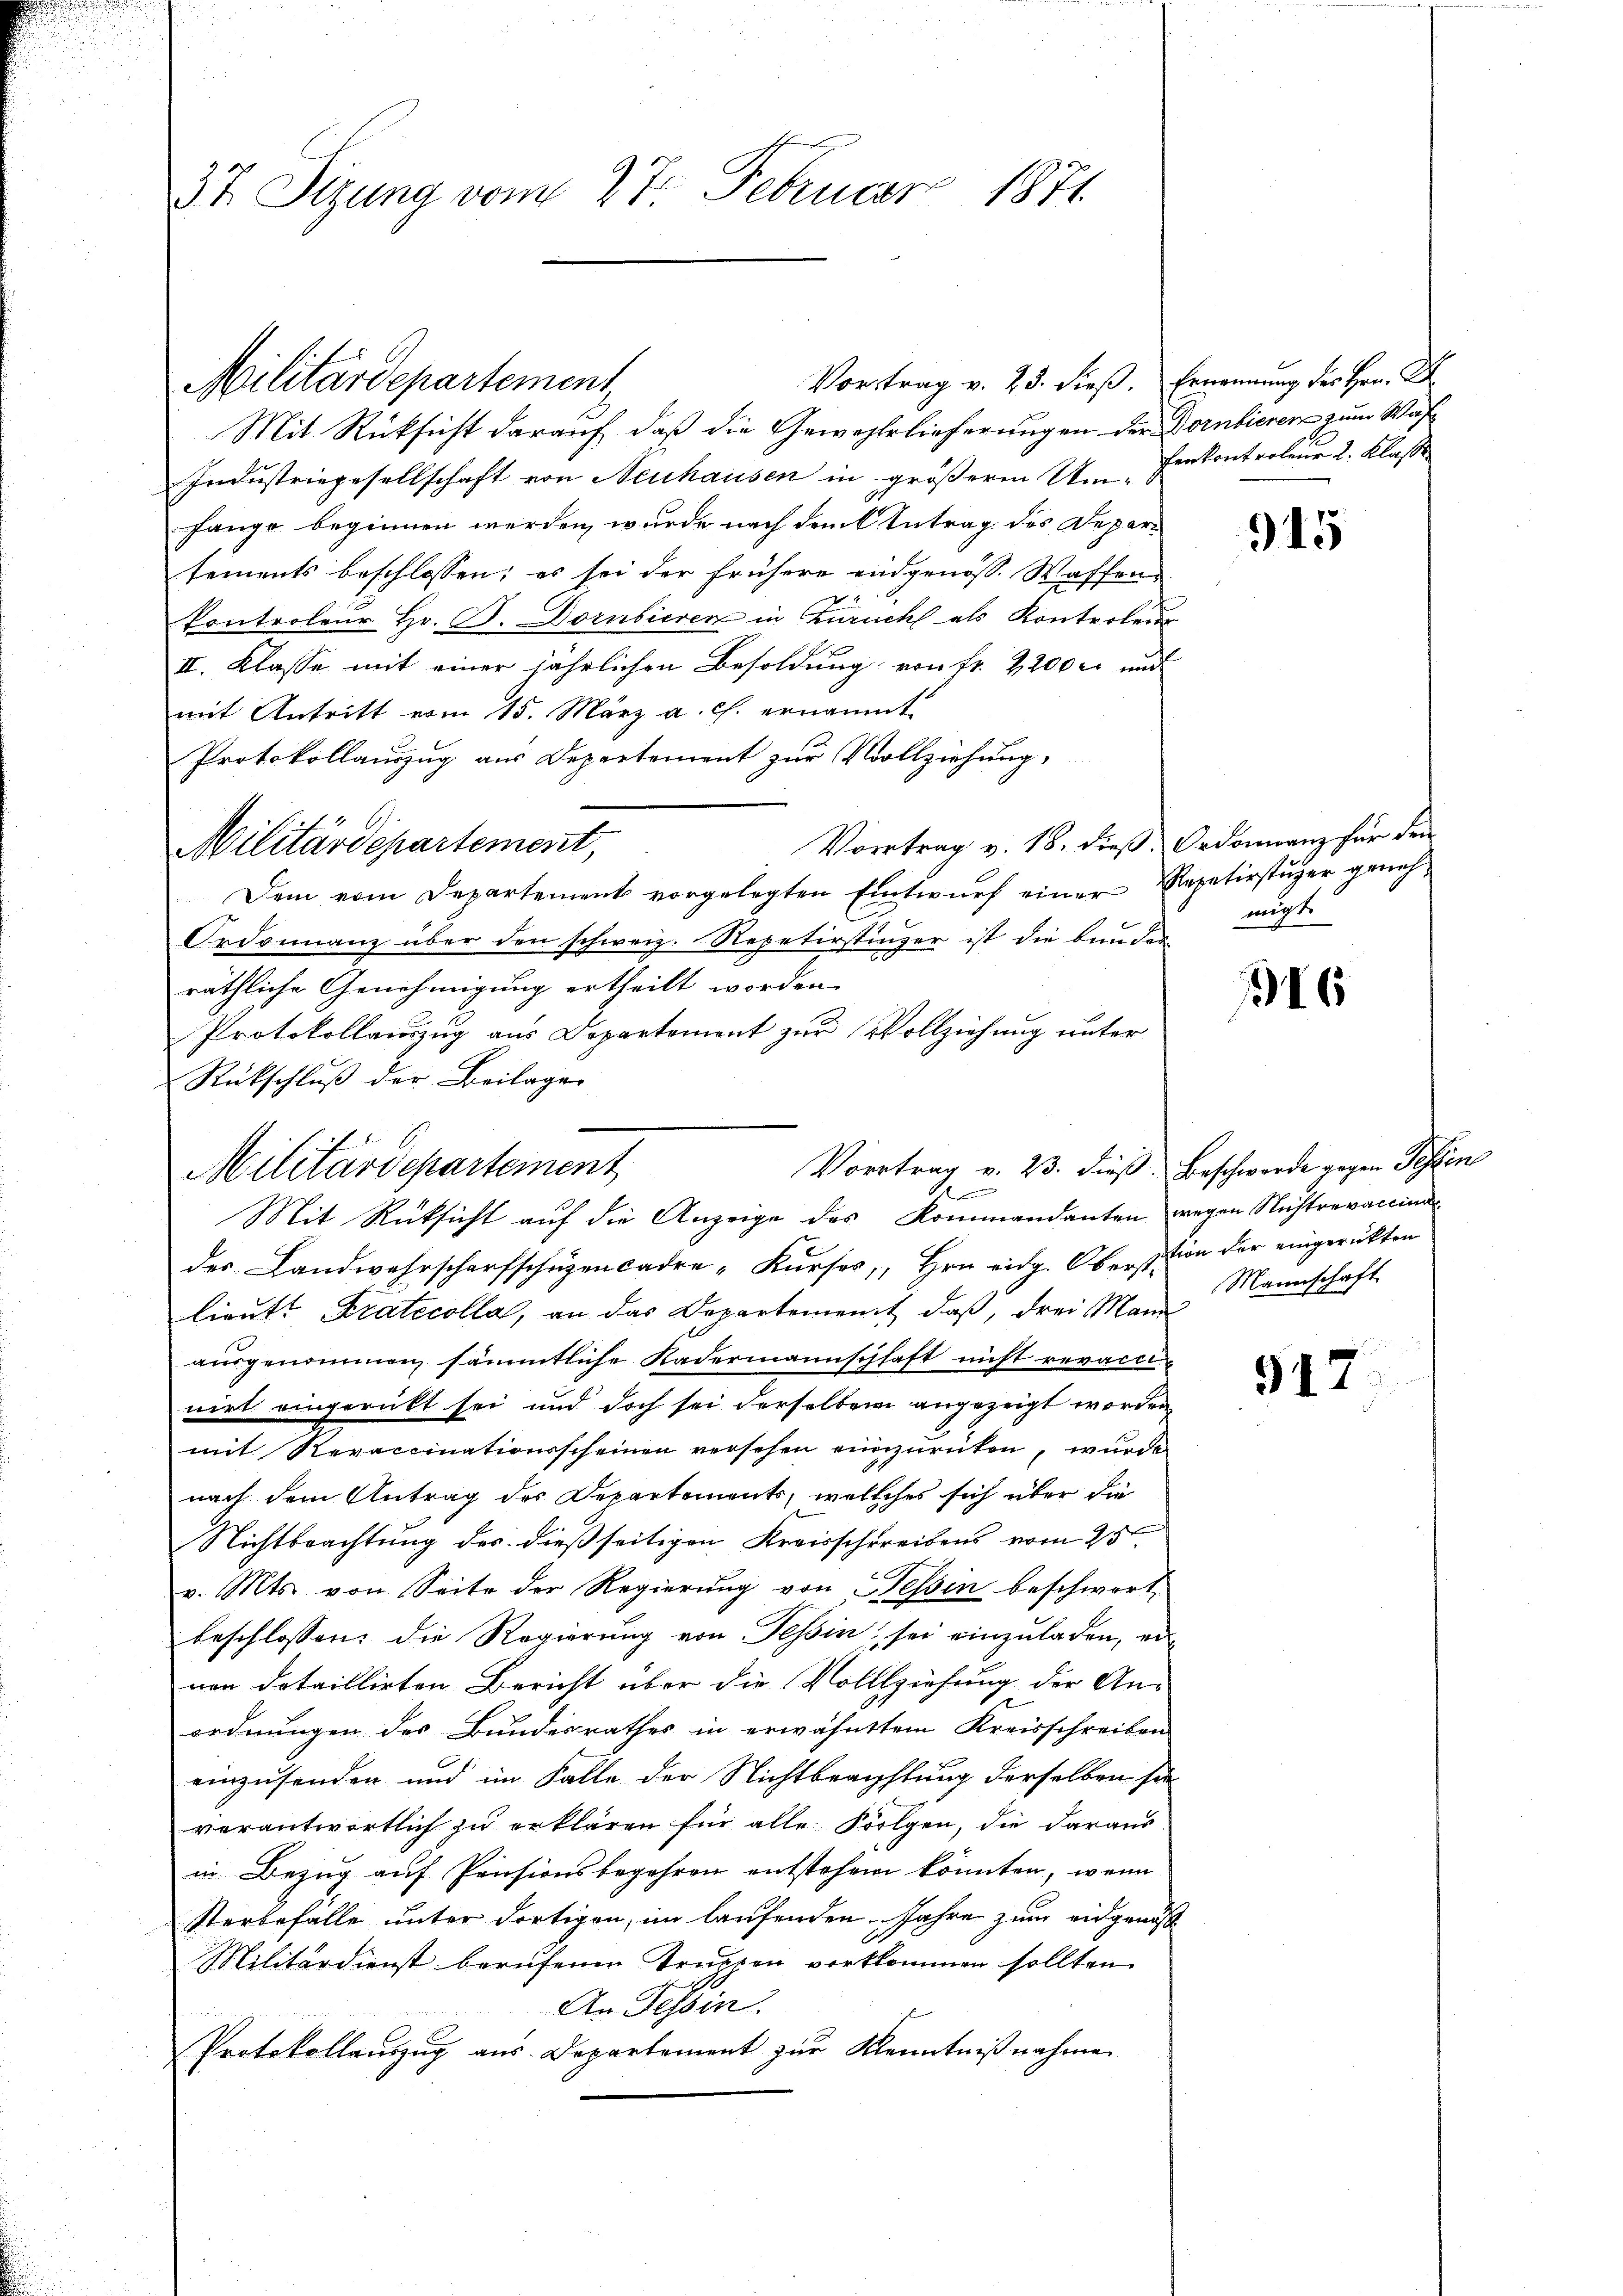
37. Sizung vom 27. Februar 1871

Mit Rücksicht darauf, daß die Gewehrlieferungen der Dornbieren zum Was¬
Industriegesellschaft von Neuhausen in größeren Um-Fenkontroleur 2. Klasse
fange beginnen werden, wurde nach dem Antrag des Departements beschlossen; es sei der frühere endgenöss. Waffen-
kontroleur Hr. P. Dornbieren in Zürich als Kontroleur
II. Klasse mit einer jährlichen Besoldung von Fr. 2200 rt und
mit Antritt vom 15. März a. c. ernannt
Protokollauszug aus Departement zur Vollziehung,
Vortrag v. 18. dieß, Ordonnanz für den
Dem vom Departement vorgelegten Entwurf einer Repetirstüzer geneh¬
Ordonnanz über den schweiz. Repetirstinzer ist die bunden
räthliche Genehmigung ertheilt worden.
Protokollanzug aus Departement zur Vollziehung unter
Rückschluß der Beilagen
Mit Rücksicht auf die Anzeige des Kommandanten wegen Nichtrevaccinis
des Landwahrscharfschüzencadre-Kurses, Hrn eidg. Oberstion der eingerückten
lieutt Pratocolla, an das Departement, daß, drei Mann
ausgenommen sämmtliche Kadermannschhaft nicht revacci
nirt eingerückt sei und doch sei derselben angezeigt worden
mit Revaccinationsscheinen versehen einzurücken, wurde
nach dem Antrag des Departements, welches sich über die
Nichtbrachtung des dießseitigen Kreisschreibens vom 25t
 x
v. Mts. von Seite der Regierung von Tessin beschwert
beschlossen: die Regierung von Tessin, sei einzuladen, er
nen detaillirten Bericht über die Vollziehung der An-
ordnungen des Bundesrathes in erwähnttem Kreisschreiben
einzusenden und im Falle der Nichtbeachtung derselben sie
verantwortlich zu erklären für alle Folgen, die daraus
in Bezug auf Pensionsbegehren entstehen könnten, wenn
Sterbefälle unter dortigen, im laufenden Jahre zum eidgenöß
Militärdienst berufenen Truppen vorkommen sollten.
An Tessin.
Protokollauszug aus Departement zur Kenntniβnahme

Militärdepartement,

Militärdepartement,

Militärdepartement

Vortrag v. 23. dieβ. Ernennung des Hrn. D

Vortrag v. 23. dieß Beschwerde gegen Tessin
A

915

migt.

16

Mannschaft

917